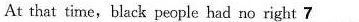
At that time,black people had no right \underline{7}